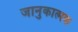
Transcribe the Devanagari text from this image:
जानुकात्मक